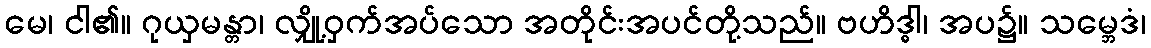
မေ၊ ငါ၏။ ဂုယှမန္တာ၊ လျှို့ဝှက်အပ်သော အတိုင်းအပင်တို့သည်။ ဗဟိဒ္ဓါ၊ အပ၌။ သမ္ဘေဒံ၊